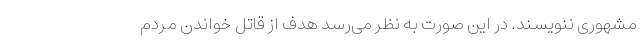
مشهوری ننویسند. در این صورت به نظر می‌رسد هدف از قاتل خواندن مردم